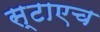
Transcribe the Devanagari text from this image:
स्टाएच